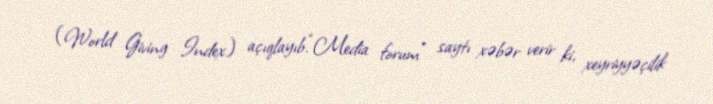
(World Giving Index) açıqlayıb.“Media forum” saytı xəbər verir ki, xeyriyyəçilik